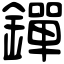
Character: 𨭐